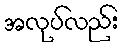
အလုပ်လည်း